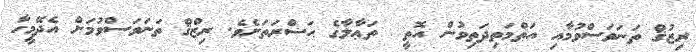
ރިޒުޤް ތަނަވަސްވުމާއި އަތްމަތިދަތިވުން އޮތީ  ތަޢާލާގެ ޙަޟްރަތަށެވެ. ރިޒްޤް ތަނަވަސްވުމަށް އެދޭމީހާ